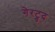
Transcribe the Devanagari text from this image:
गेरट्रुद